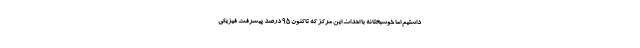
داشتیم اما خوشبختانه با احداث این مرکز که تاکنون ۹۵ درصد پیشرفت فیزیکی